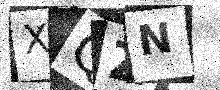
Text: XQZN